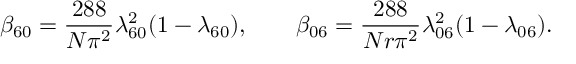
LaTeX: \beta _ { 6 0 } = { \frac { 2 8 8 } { N \pi ^ { 2 } } } \lambda _ { 6 0 } ^ { 2 } ( 1 - \lambda _ { 6 0 } ) , \qquad \beta _ { 0 6 } = { \frac { 2 8 8 } { N r \pi ^ { 2 } } } \lambda _ { 0 6 } ^ { 2 } ( 1 - \lambda _ { 0 6 } ) .